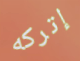
إتركه